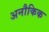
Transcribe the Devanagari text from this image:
अनौकिक